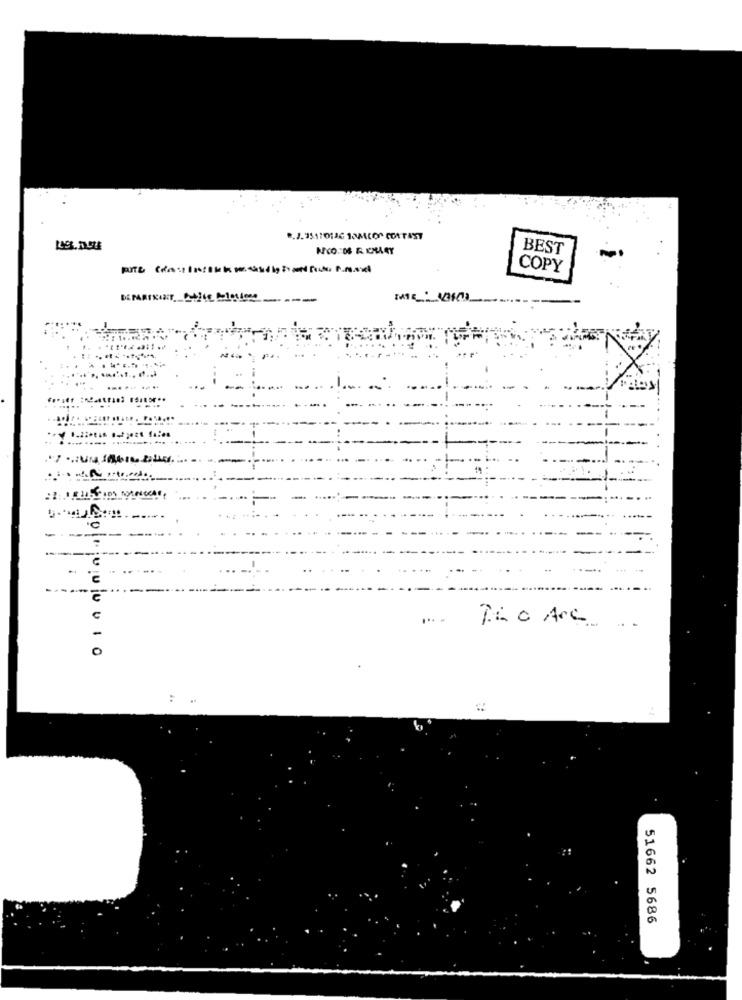
BEST
COPY
=
PLC Arc.
0
400000010
51662 5686